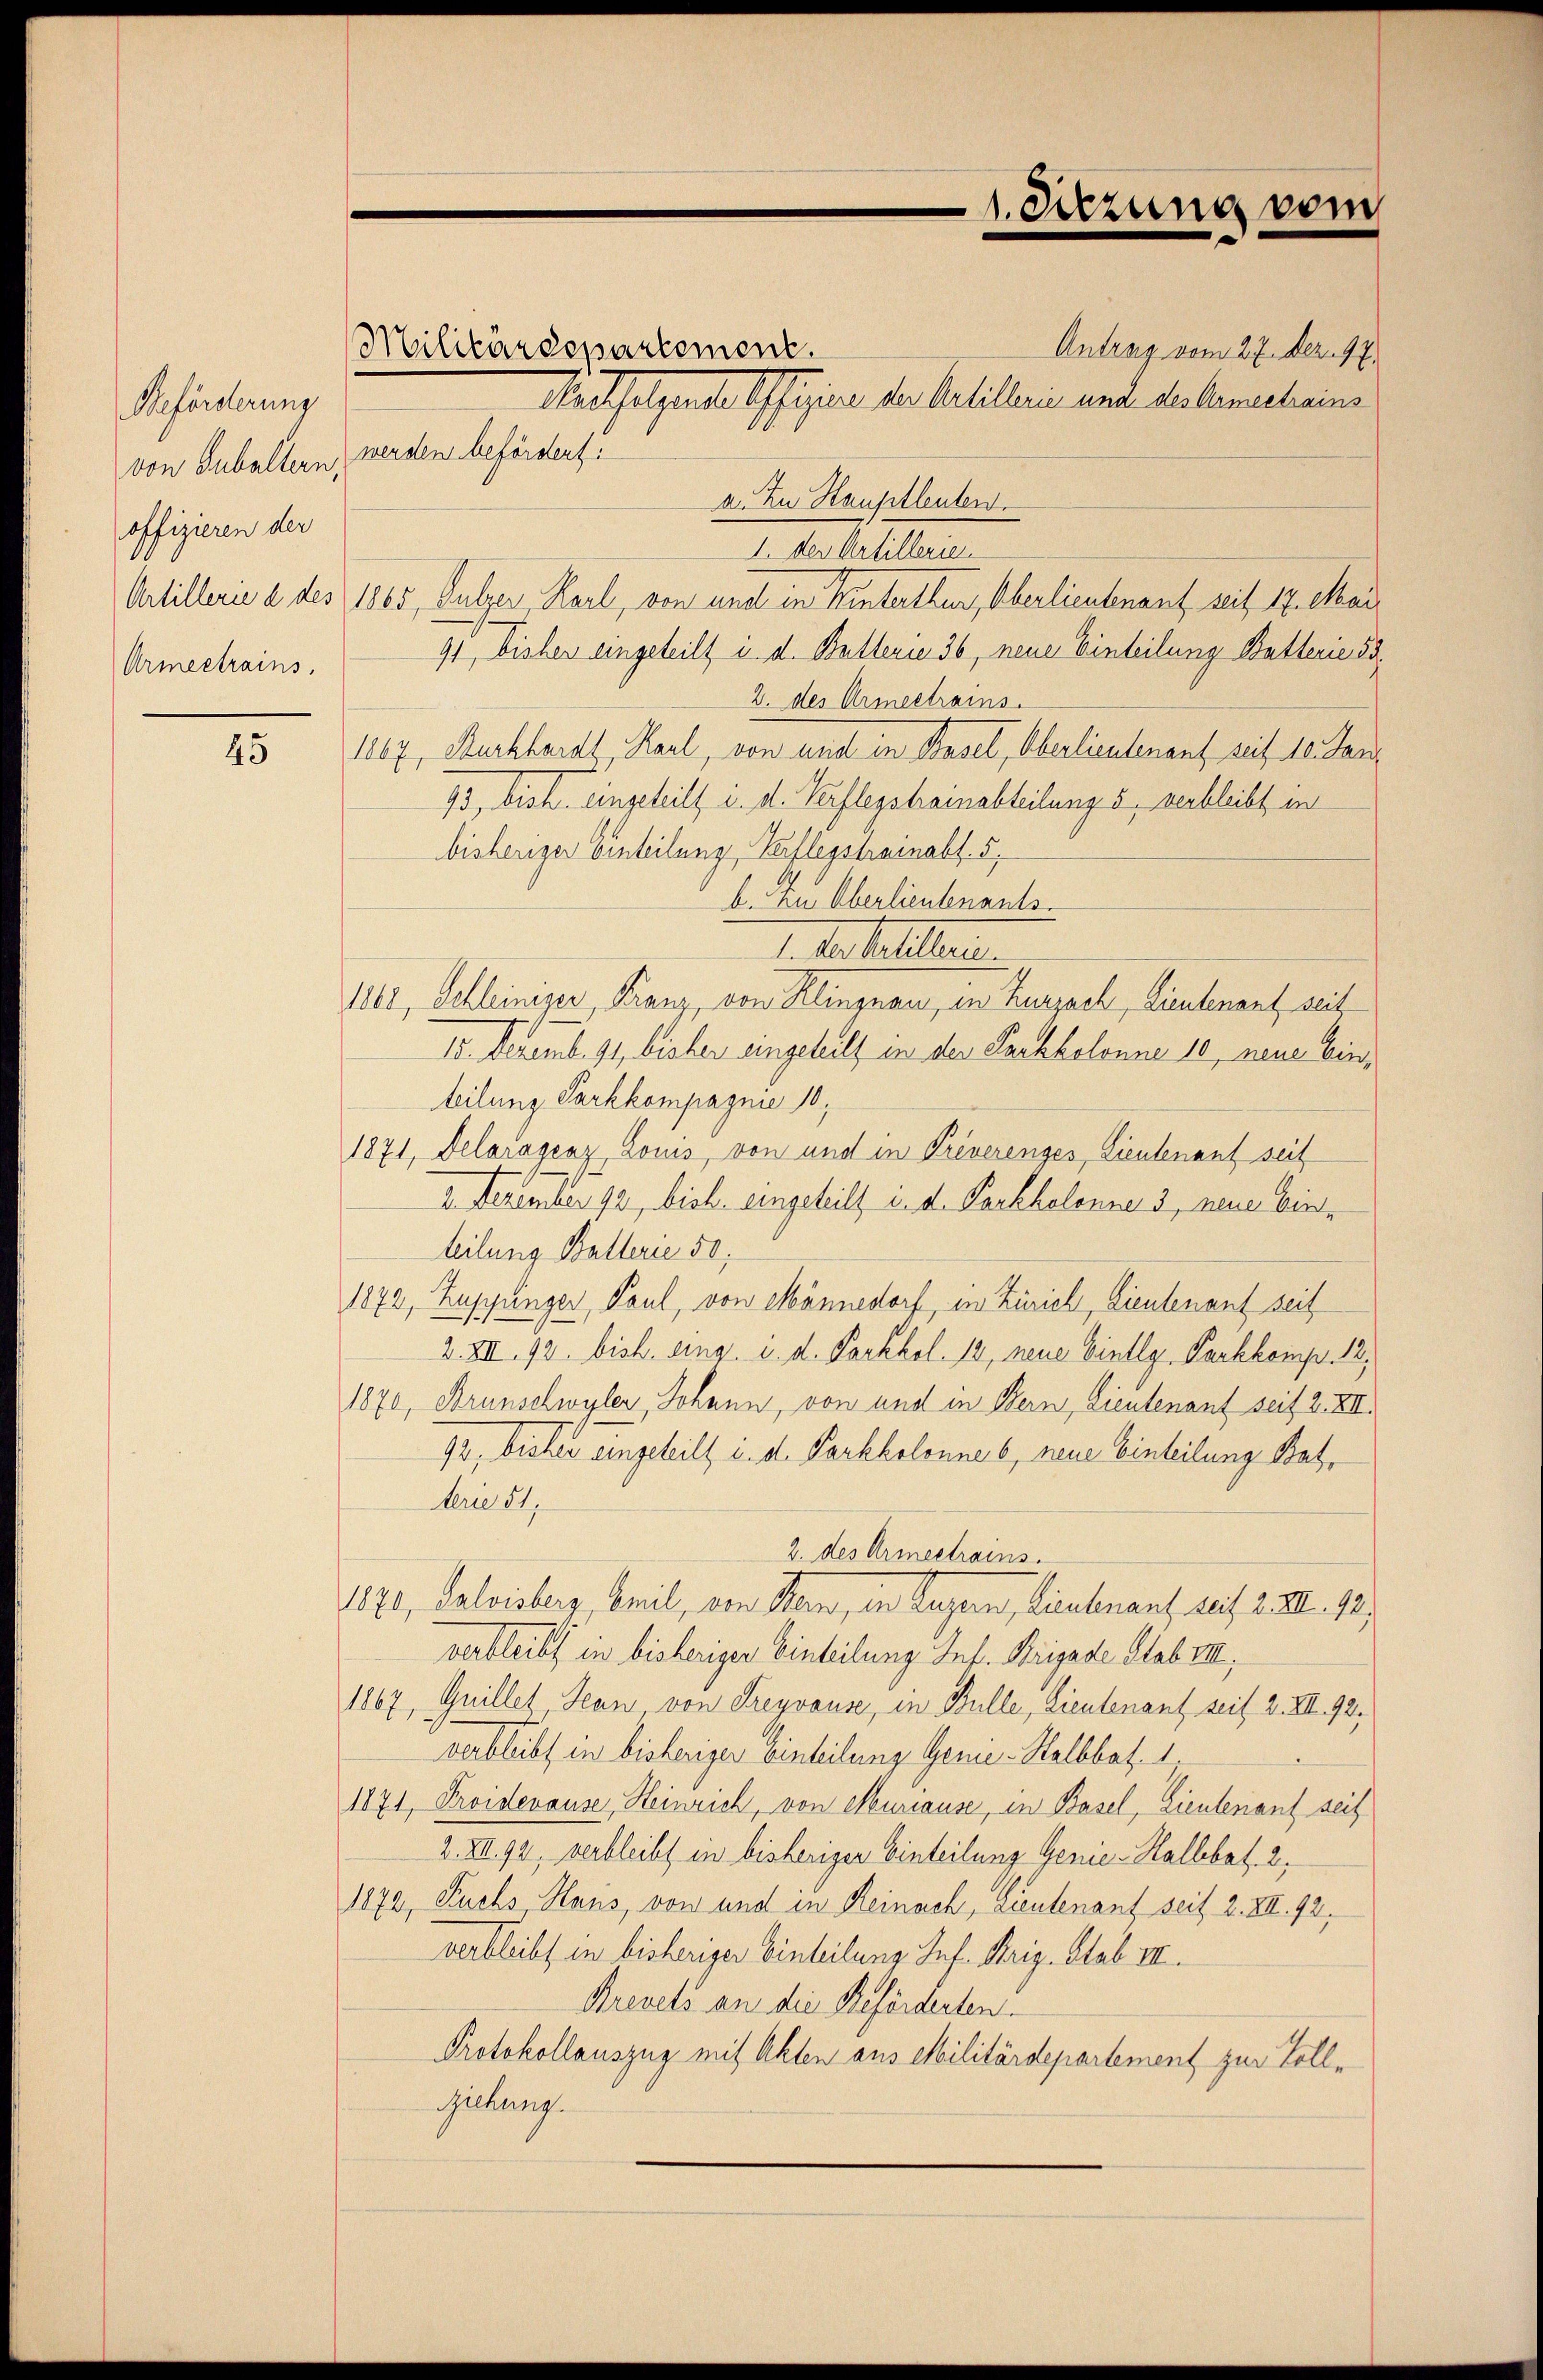
Beförderung
von Gubaltern,
offizieren der
Armeetrains.

45

Militärdepartement.

Antrag vom 27. Dez. 97.
Nachfolgende Offigire der Artillerie und des Gemacheins
werden befördert:
a. Zu Hauptleuten.
I. Der Artillerie
Artillerie a des 1865, Sulzer, Karl, von und in Hinterthur, Oberlieutenant seit 17. Mai
91 bisher eingeteilt i. d. Butterie 36, neue Einteilung Butterie od
2. des Armeetrains.
1867, Burkhardt, Karl, von und in Basel, Oberlieutenant seit 10. Jan
93, bish. eingeteilt i. d. Verfleystrainabteilung 5, verbleibt, in
bisheriger Einteilung, Verflegstrainabs. 5.
b. In Oberlieutenants.
1. des halter.
1868, Schleiniger, Franz, von Klingnau, in Zurzach, Lieutenant seit
15. Dezemb. 91, bisher eingeteilt in der Sachkolonne 10, neue binteilung Parkkompagnie 10,
1871, Delaragenz, Louis, von und in Preverenges, Lieutenant seit
2. Dezember 192, bish. eingeteilt i. d. Parkholonne 3, neuer Einteilung Ballerie 50.
1872, Zuppinger, Paul, von Männedorf, in Zürich Lieutenant seit
2.XIII. 92. bish. eing. i. d. Parkhol. 12, neue Einllg. Parkkomp. 18.
1870, Brunschwyler, Johann, von und in Bern, Lieutenant seit 2. XII.
92. bisher eingeteilt u. d. Parkkolonnes, neue Einteilung Batterie 31,
2. des Armeetrains.
1870, Salvisberg, Beil, von Stern, in Luzern, Lieutenant seit 2. XII. 92)
verbleibt in bisheriger Einteilung. Inf. Brigade Stab III,
1867, Guillet, Jean von Freyvouse, in Bulle, Lieutenant seit 2. XII. 92.
verbleibt in bisheriger Einteilung Gerner-Halbbat. 1.
1871, Proiderause, Heinrich, von Muriause, in Basel, Lieutenant seit
2. XII. 92, verbleibt in bisheriger Einteilung Genie-Halbbat. 2,
1872, Fuchs Haus, von und in Reinach, Lieutenant seit 2. XIII. 92.
verbleibt in bisheriger Einteilung. Inf. Brig. Stab III.
Arevets an die Beförderten.
Protokollauszug mit Akten aus Militärdepartement zur Volliehung.

1. Sitzung vom